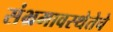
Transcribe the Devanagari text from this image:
संभ्रमावस्थेतेचे